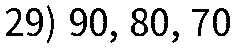
29) 90, 80, 70